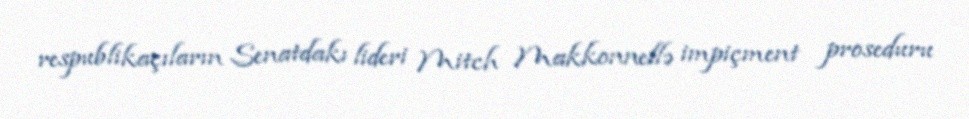
respublikaçıların Senatdakı lideri Mitch Makkonnellə impiçment proseduru